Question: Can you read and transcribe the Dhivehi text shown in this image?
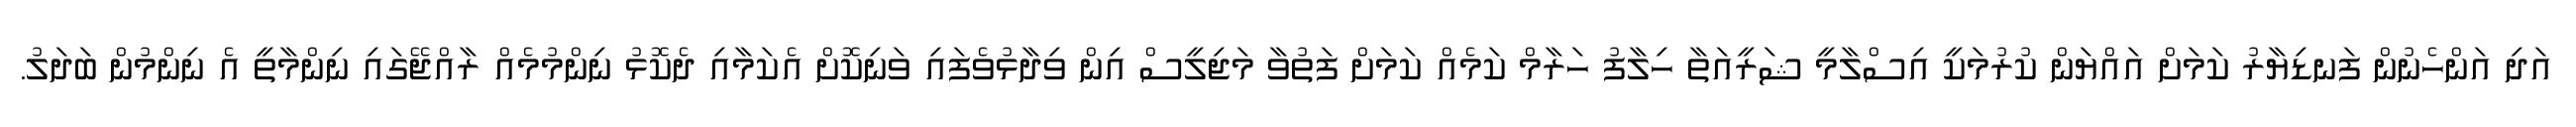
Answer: އަދި އަންހެނުން ފަނޑިޔާރު ކަމަށް އައްޔަން ކުރުމަކީ އިސްލާމީ ޝަރީއަތާ ހިލާފު ހަރާމް ކަމެއް ކަމަށް ފަތުވާ މަޖިލީސް އިން ވިދާޅުވެފައި ވަނިކޮށް އެކަމާއި ދެކޮޅު ނިންމުމެއް ރާއްޖޭގައި ނިންމާތީ އެ ނިންމުން ބަދަލު.